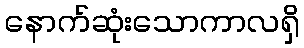
နောက်ဆုံးသောကာလရှိ